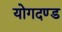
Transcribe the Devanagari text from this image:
योगदण्ड